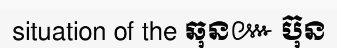
situation of the ឆុន៚ ប៊ុន